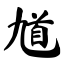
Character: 馗